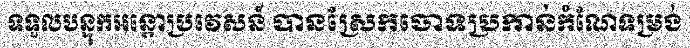
ទទួលបន្ទុកអន្តោប្រវេសន៍ បានស្រែកចោទប្រកាន់កំណែទម្រង់